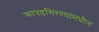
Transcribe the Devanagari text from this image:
कापडगिरण्यांमधील